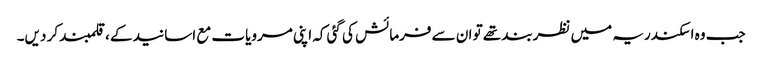
جب وہ اسکندریہ میں نظربند تھے تو ان سے فرمائش کی گئی کہ اپنی مرویات مع اسانید کے ، قلمبند کر دیں۔